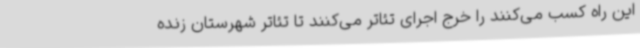
این راه کسب می‌کنند را خرج اجرای تئاتر می‌کنند تا تئاتر شهرستان زنده